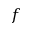
f